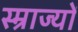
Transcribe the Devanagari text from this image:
स्म्राज्यों